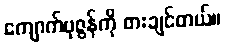
ကျောက်ပုဇွန်ကို စားချင်တယ်။